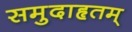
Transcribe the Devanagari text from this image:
समुदाहृतम्